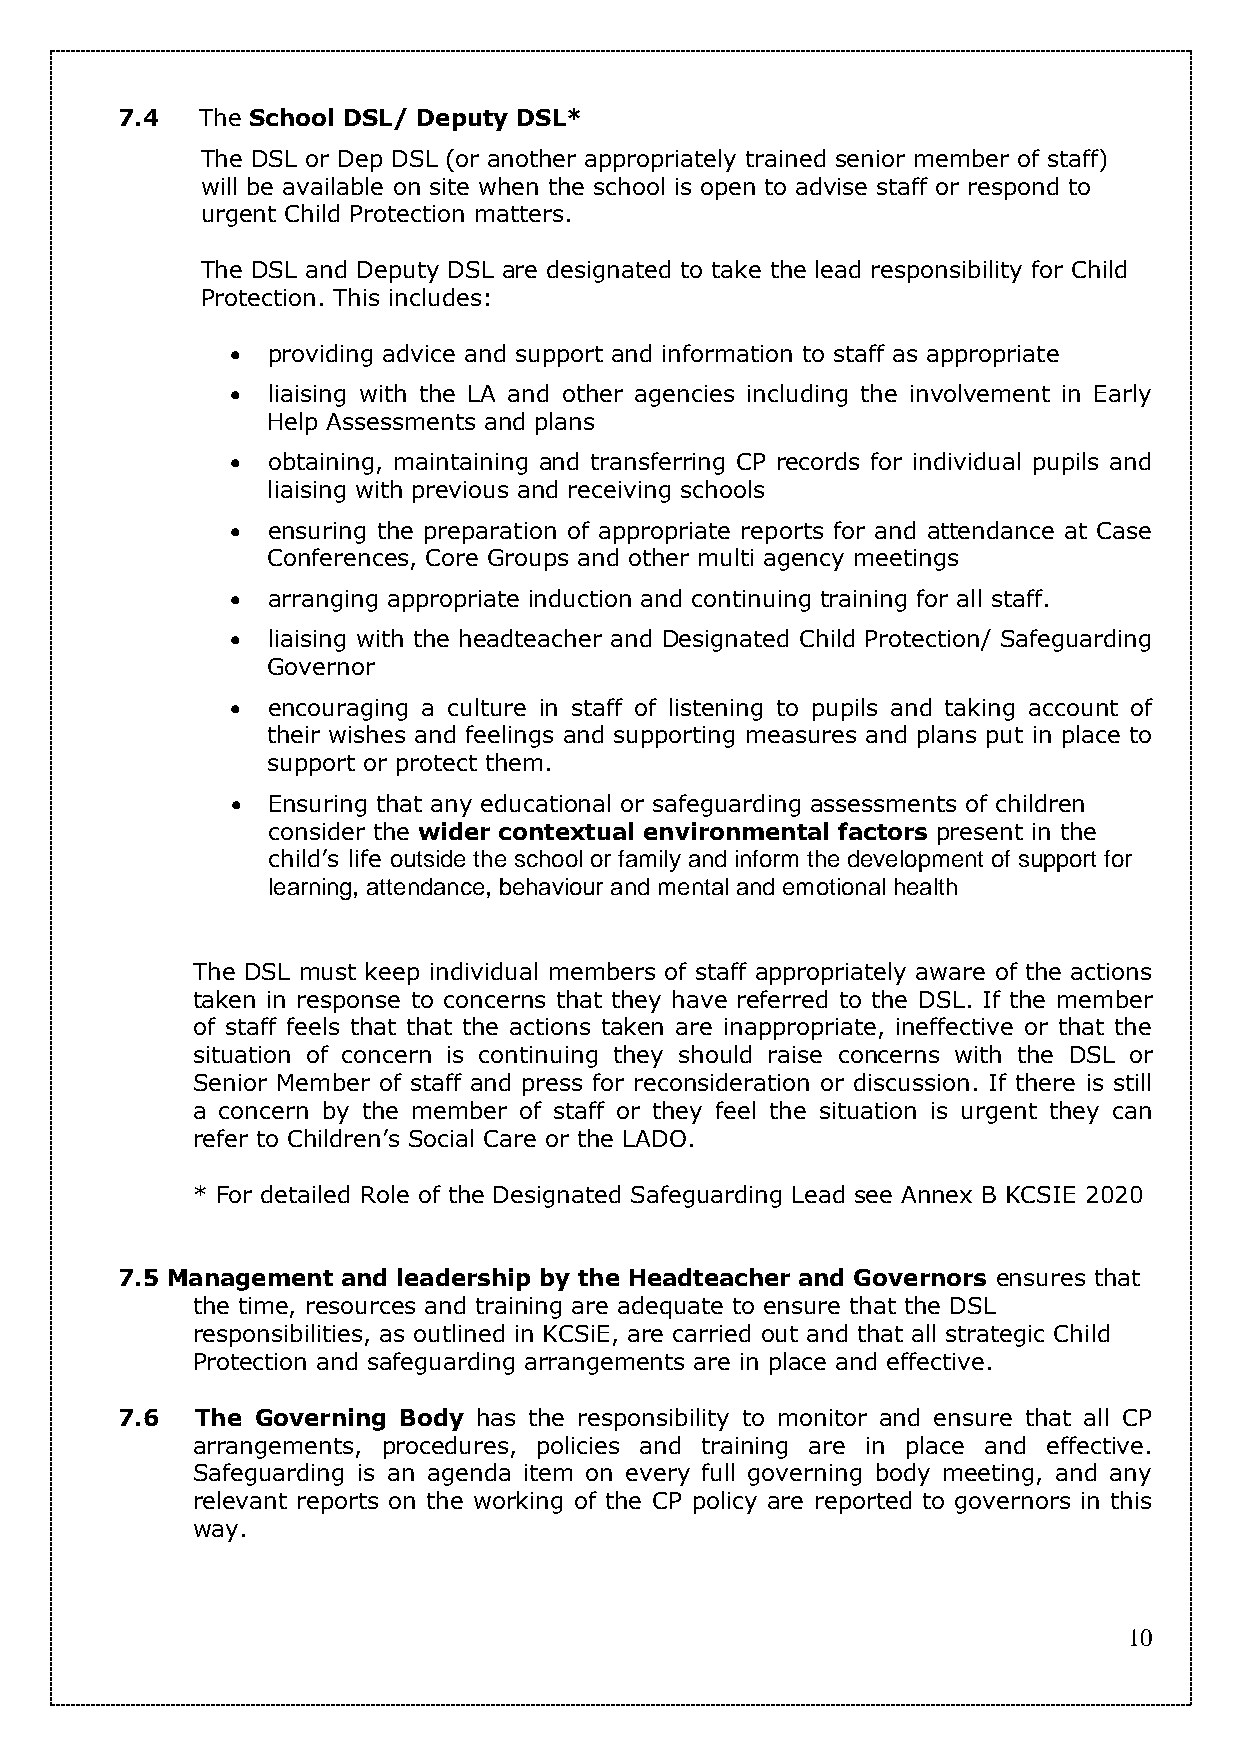
7.4  The School DSL/ Deputy DSL*
 The DSL or Dep DSL (or another appropriately trained senior member of staff)
 will be available on site when the school is open to advise staff or respond to
 urgent Child Protection matters.
 The DSL and Deputy DSL are designated to take the lead responsibility for Child
 Protection. This includes:
   providing advice and support and information to staff as appropriate
   liaising with the LA and other agencies including the involvement in Early
 Help Assessments and plans
   obtaining, maintaining and transferring CP records for individual pupils and
 liaising with previous and receiving schools
   ensuring the preparation of appropriate reports for and attendance at Case
 Conferences, Core Groups and other multi agency meetings
   arranging appropriate induction and continuing training for all staff.
   liaising with the headteacher and Designated Child Protection/ Safeguarding
 Governor
   encouraging a culture in staff of listening to pupils and taking account of
 their wishes and feelings and supporting measures and plans put in place to
 support or protect them.
   Ensuring that any educational or safeguarding assessments of children
 consider the wider contextual environmental factors present in the
 child’s life outside the school or family and inform the development of support for
 learning, attendance, behaviour and mental and emotional health
 The DSL must keep individual members of staff appropriately aware of the actions
 taken in response to concerns that they have referred to the DSL. If the member
 of staff feels that that the actions taken are inappropriate, ineffective or that the
 situation of concern is continuing they should raise concerns with the DSL or
 Senior Member of staff and press for reconsideration or discussion. If there is still
 a concern by the member of staff or they feel the situation is urgent they can
 refer to Children’s Social Care or the LADO.
 * For detailed Role of the Designated Safeguarding Lead see Annex B KCSIE 2020
 7.5 Management and leadership by the Headteacher and Governors ensures that
 the time, resources and training are adequate to ensure that the DSL
 responsibilities, as outlined in KCSiE, are carried out and that all strategic Child
 Protection and safeguarding arrangements are in place and effective.
 7.6  The Governing Body has the responsibility to monitor and ensure that all CP
 arrangements, procedures, policies and training are in place and effective.
 Safeguarding is an agenda item on every full governing body meeting, and any
 relevant reports on the working of the CP policy are reported to governors in this
 way.
 10